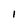
Character: I